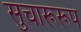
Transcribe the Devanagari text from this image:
सुचारूरूप